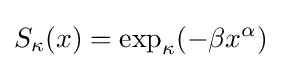
S_{\kappa }(x)=\exp _{\kappa }(-\beta x^{\alpha })